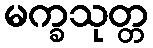
မက္ခသုတ္တ